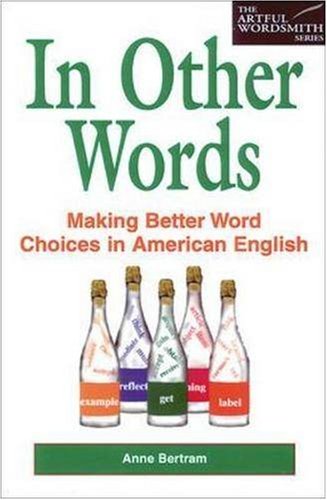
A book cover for In Other Words; Anne Bertram; Reference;